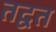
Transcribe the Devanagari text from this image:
तद्वत